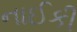
નાઈકી